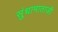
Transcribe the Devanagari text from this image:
सुंधामाताजी